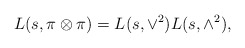
\begin{align*} L(s, \pi \otimes \pi)=L(s, \vee^2)L(s, \wedge^2),\end{align*}